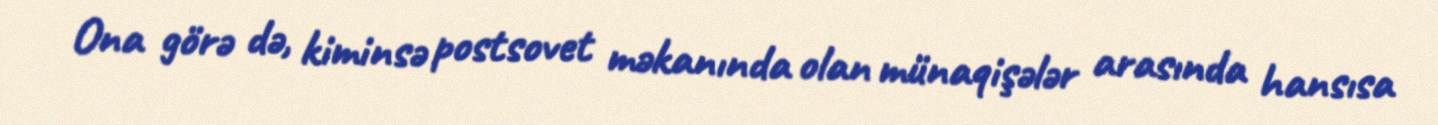
Ona görə də, kiminsə postsovet məkanında olan münaqişələr arasında hansısa